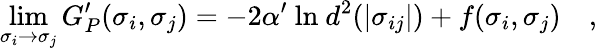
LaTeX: \operatorname*{lim}_{\sigma_{i}\to\sigma_{j}}G_{P}^{\prime}(\sigma_{i},\sigma_{j})=-2\alpha^{\prime}~\mathrm{ln}~d^{2}(|\sigma_{ij}|)+f(\sigma_{i},\sigma_{j})\quad,